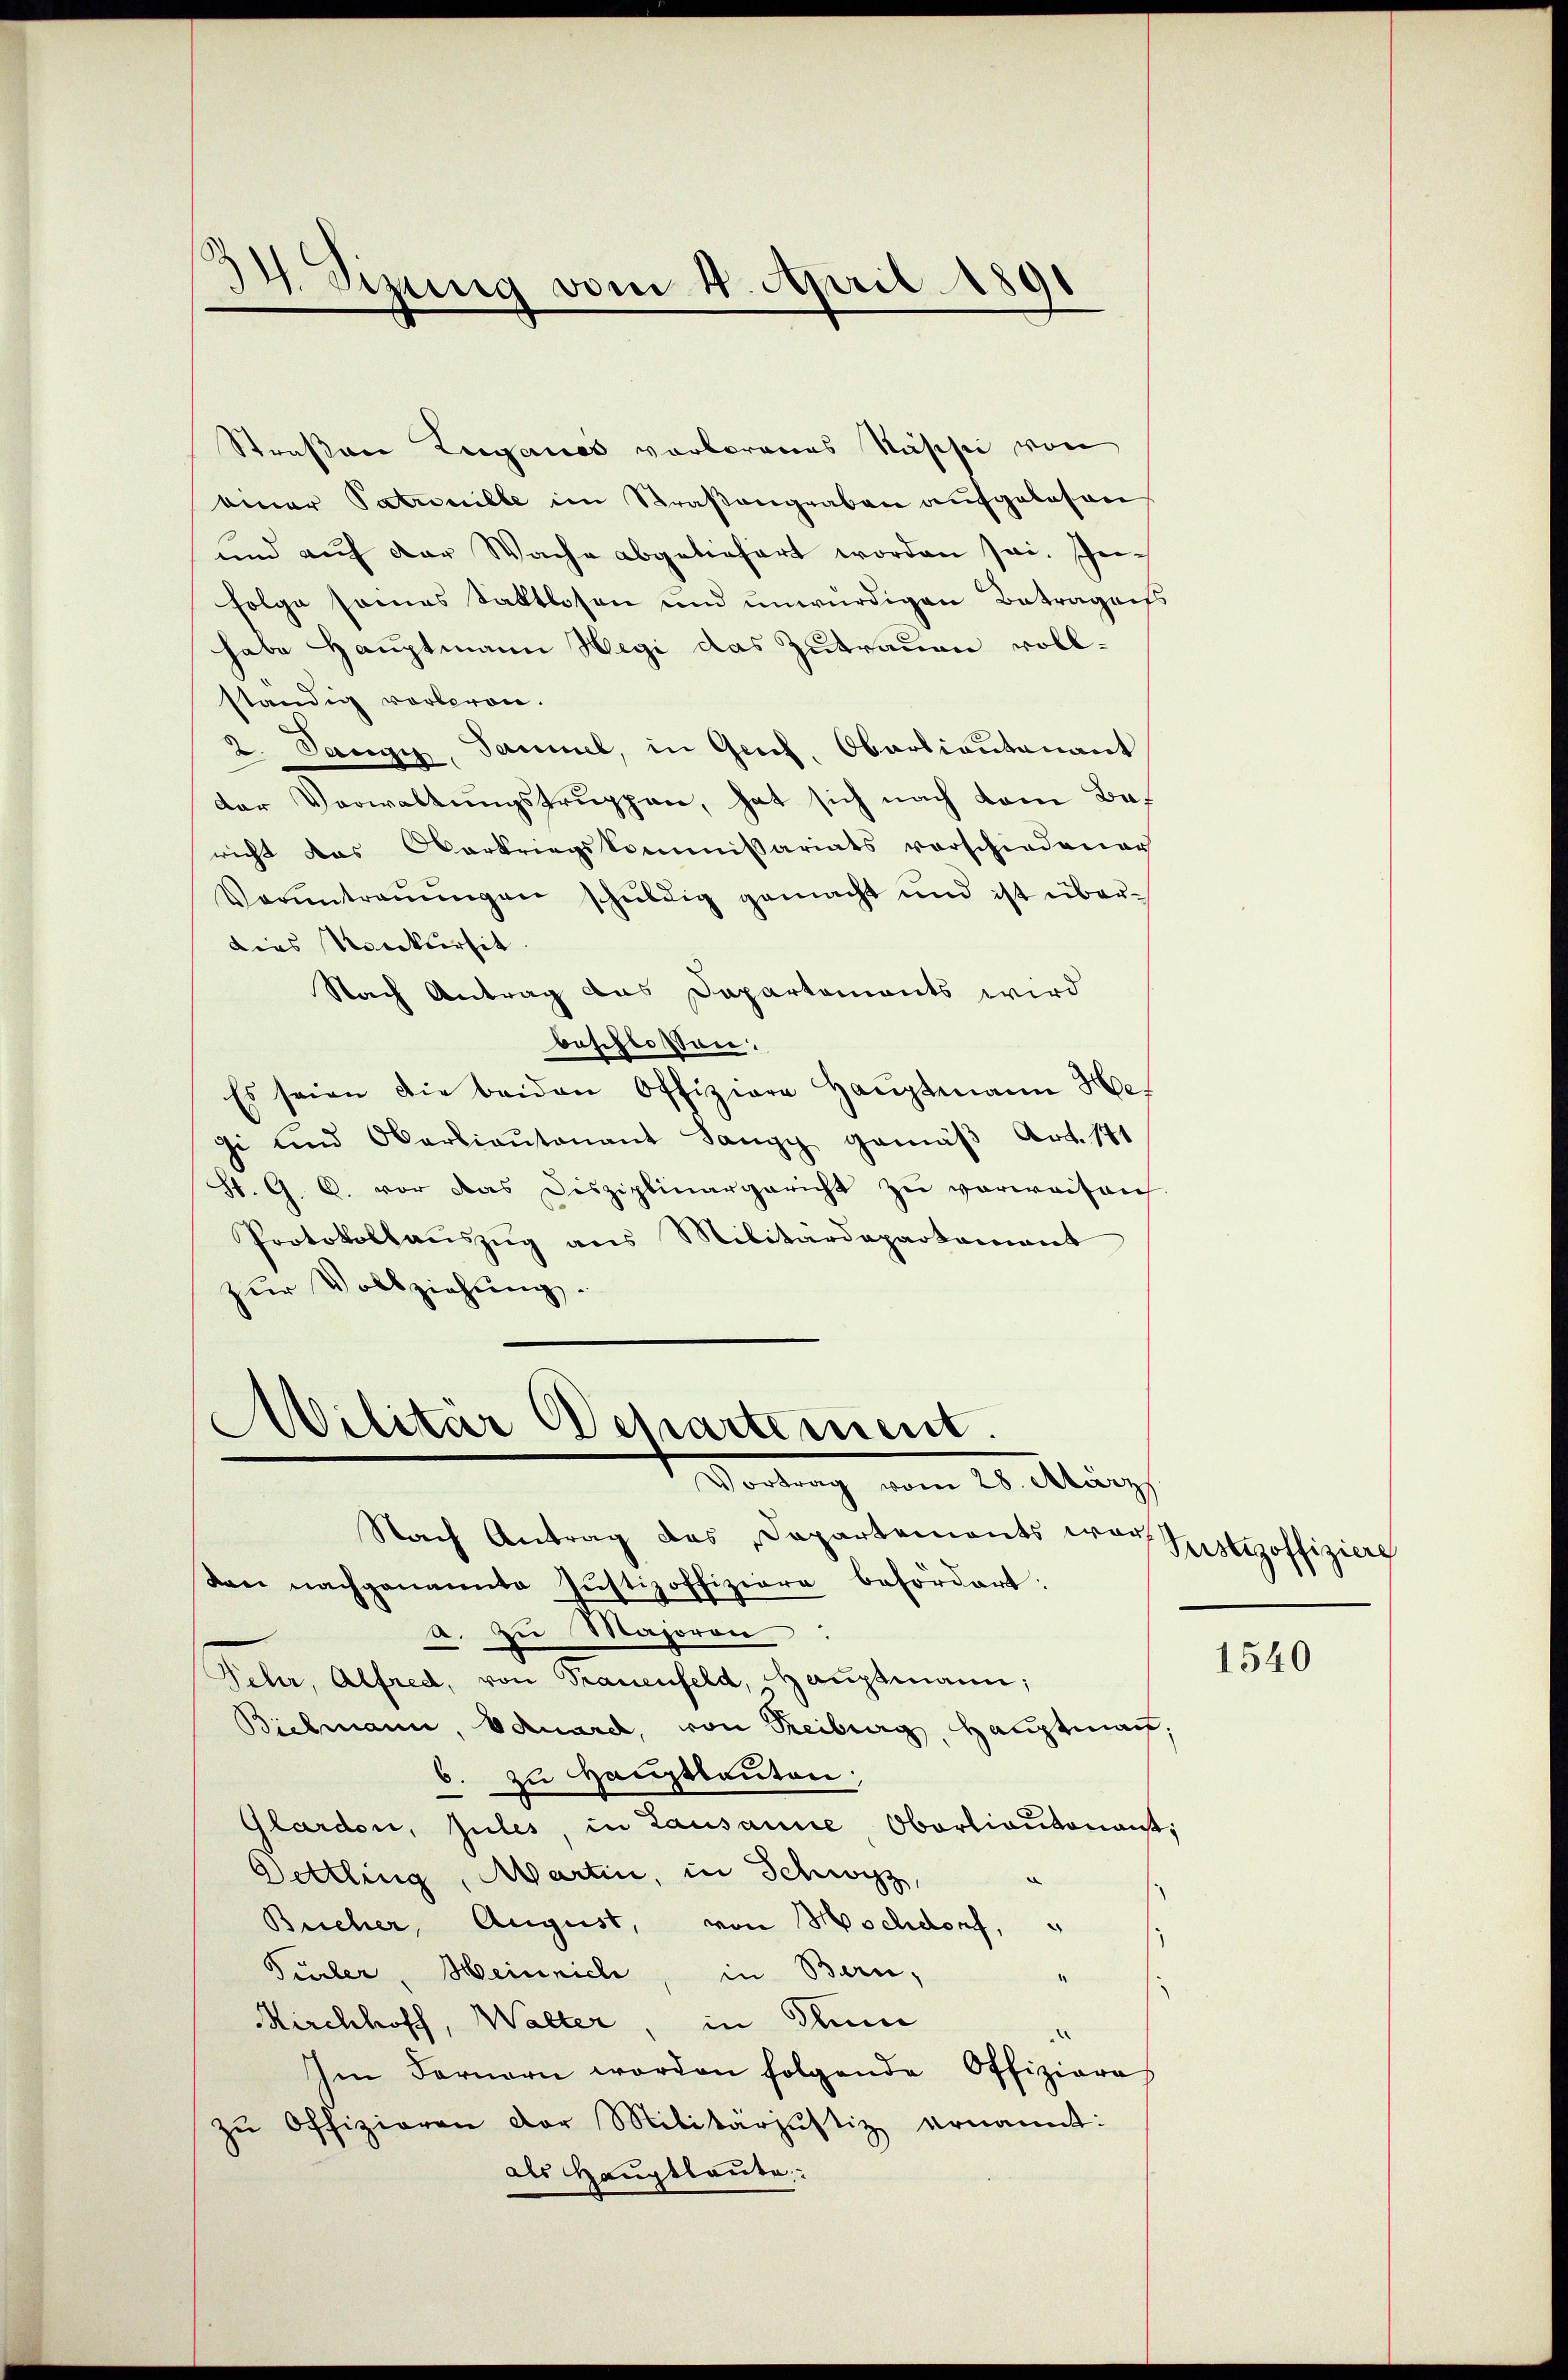
34. Sizung vom 4. April 1891

Straßen Luganes verlorenes Näschie von
einar Patrouille im Straßengraben aufgelesen
und auf der Wache abgeliefert worden sei. In
folge seines Sattlosen und unwürdigen Betragen
habe Hauptmann Hegi das Zutrauen vollständig vorberen.
2. Tanze, Sammel, in Gesch, Oberlieutenant
der Verwaltungstruppen, hat sich nach dem Bericht das Oberkriegskommissariats vorschiedener
Voruntreṅŭngen schŭldig gemacht und ist über-
dies Konkursit.
Nach Antrag das Departements wird
beschlossen:
Es seien die beiden Offiziere Haŭptmann Her
si und Oberlieŭtenant Sang gemäβ Art. 171
St. G. C. vor das Disziplinargericht zŭ verweisen
Protokollaŭszŭg ans Militärdepartamant
zur Vollziehung.

Nach Antrag des Dapartements war
den nachgenannte Justiz offiziere befördert:
a. zu Majoron:
Sehr, Alfred, von Trauenfeld, Hauptmann,
Bielmann, Eduard, von Freiburg, Hauptmann.
6. zu Hauptlauten;
Glarden, zules, in Lausanne, Obartiautenanst;
Dettling, Martin, in Schwyz,
Bucher, August, von Hochdorf,
Türler, Heinrich, in Bern,
4
Mirchhoff, Walter, in Flum
Im Fernern worden folgende Offiziaras
zŭ Offizieren der Militarjustiz ernannt:
als Hauptlaute:

Militar Departement.
Vordung vom 20. Aug

Pustizoffizierg

1540